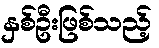
နှစ်ဦးဖြစ်သည့်